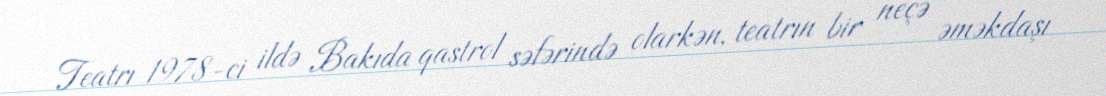
Teatrı 1978-ci ildə Bakıda qastrol səfərində olarkən, teatrın bir neçə əməkdaşı